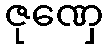
ဇုဏှေ